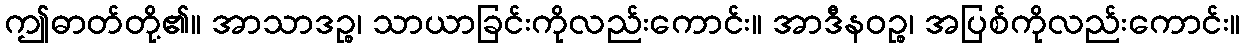
ဤဓာတ်တို့၏။ အာသာဒဉ္စ၊ သာယာခြင်းကိုလည်းကောင်း။ အာဒီနဝဉ္စ၊ အပြစ်ကိုလည်းကောင်း။